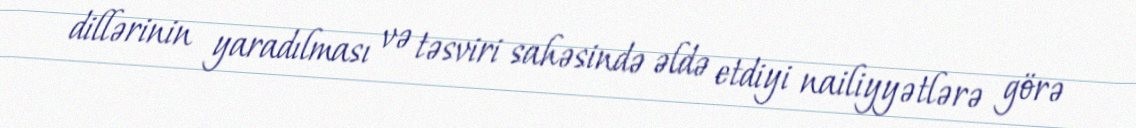
dillərinin yaradılması və təsviri sahəsində əldə etdiyi nailiyyətlərə görə